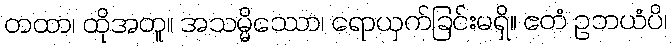
တထာ၊ ထိုအတူ။ အသမ္မိဿော၊ ရောယှက်ခြင်းမရှိ။ ဧတံ ဥဘယံပိ၊